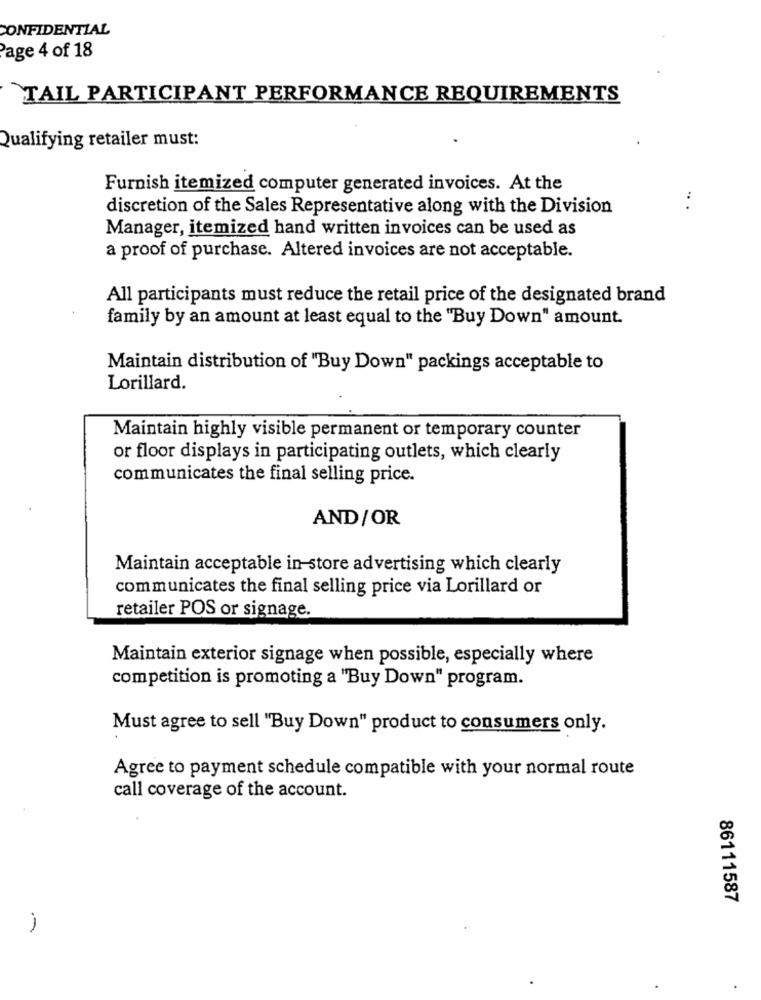
CONFIDENTIAL
Page 4 of 18
`TAIL PARTICIPANT PERFORMANCE REQUIREMENTS
Qualifying retailer must:
Furnish itemized computer generated invoices. At the
discretion of the Sales Representative along with the Division
...
Manager, itemized hand written invoices can be used as
a proof of purchase. Altered invoices are not acceptable.
All participants must reduce the retail price of the designated brand
family by an amount at least equal to the "Buy Down" amount.
Maintain distribution of "Buy Down" packings acceptable to
Lorillard.
Maintain highly visible permanent or temporary counter
or floor displays in participating outlets, which clearly
communicates the final selling price.
AND/OR
Maintain acceptable in-store advertising which clearly
communicates the final selling price via Lorillard or
retailer POS or signage.
Maintain exterior signage when possible, especially where
competition is promoting a "Buy Down" program.
Must agree to sell "Buy Down" product to consumers only.
Agree to payment schedule compatible with your normal route
call coverage of the account.
86111587
-